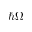
\hbar \Omega